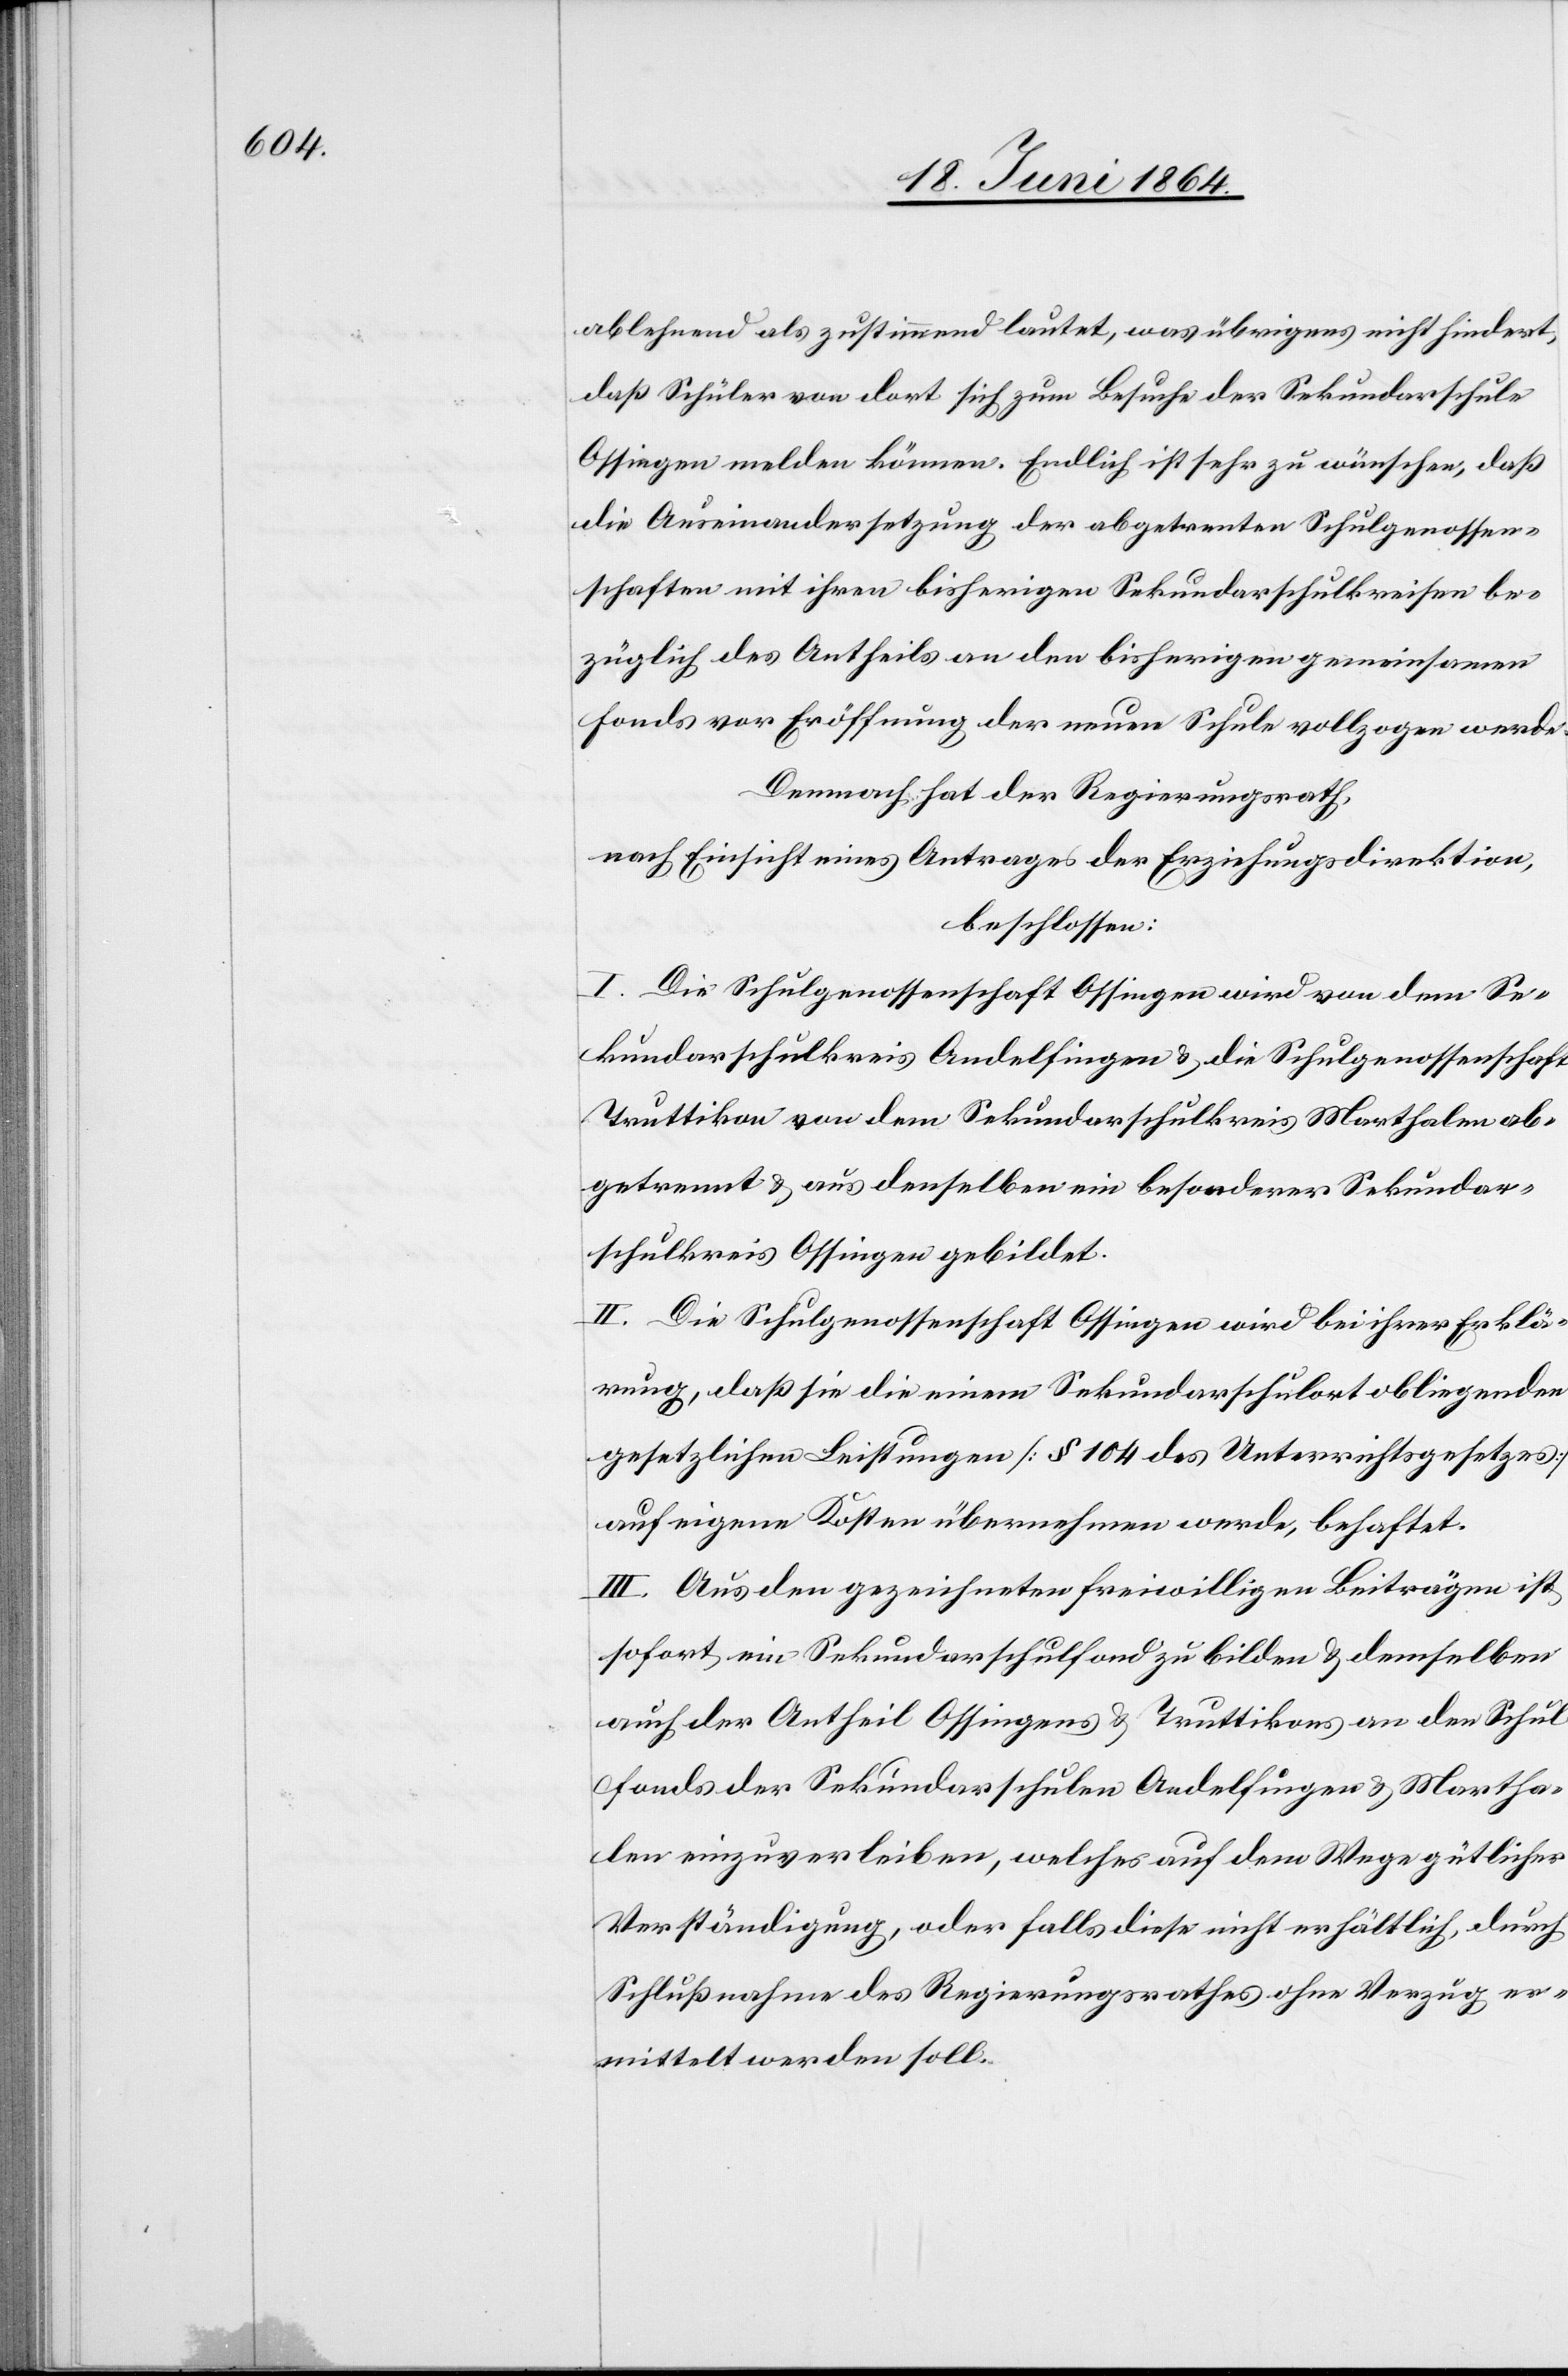
ablehnend als zustimmend lautet, was übrigens nicht hindert,
daß Schüler von dort sich zum Besuche der Sekundarschule
Ossingen melden können. Endlich ist sehr zu wünschen, daß
die Auseinandersetzung der abgetren[n]ten Schulgenossen¬
schaften mit ihren bisherigen Sekundarschulkreisen be¬
züglich des Antheils an den bisherigen gemeinsamen
Fonds vor Eröffnung der neuen Schule vollzogen werde.
Demnach hat der Regierungsrath,
nach Einsicht eines Antrages der Erziehungsdirektion,
beschlossen:
I. Die Schulgenossenschaft Ossingen wird von dem Se¬
kundarschulkreis Andelfingen u. die Schulgenossenschaft
Truttikon von dem Sekundarschulkreis Marthalen ab¬
getrennt u. aus denselben ein besonderer Sekundar¬
schulkreis Ossingen gebildet.
II. Die Schulgenossenschaft Ossingen wird bei ihrer Erklä¬
rung, daß sie die einem Sekundarschulort obliegenden
gesetzlichen Leistungen [§ 104 des Unterrichtsgesetzes]
auf eigene Kosten übernehmen werde, behaftet.
III. Aus den gezeichneten freiwilligen Beiträgen ist
sofort ein Sekundarschulfond zu bilden u. demselben
auch der Antheil Ossingens u. Truttikons an den Schul¬
fonds der Sekundarschulen Andelfingen u. Martha¬
len einzuverleiben, welches auf dem Wege gütlicher
Verständigung, oder falls diese nicht erhältlich, durch
Schlußnahme des Regierungsrathes ohne Verzug er¬
mittelt werden soll.